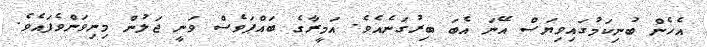
އެހެން ބުނިކަމުގައިވިޔަސް އޭނަ އެބަ ބިރުގަނެއެވެ. އަމީރާގެ ބައްޕަވެސް ވަނީ ޖަލުން މިނިވަންވެފައެވެ.